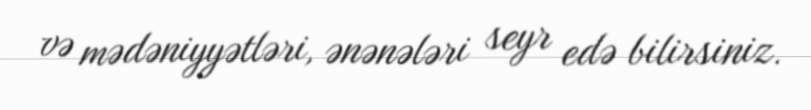
və mədəniyyətləri, ənənələri seyr edə bilirsiniz.